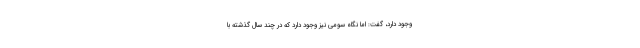
وجود دارد، گفت: اما نگاه سومی نیز وجود دارد که در چند سال گذشته با